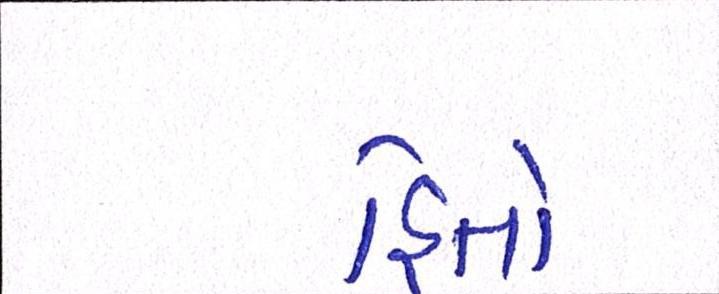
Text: હિતો